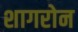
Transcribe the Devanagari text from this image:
शागरोन